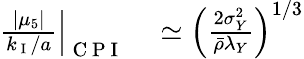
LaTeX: \begin{array}{rl}{\left.\frac{|\mu_{5}|}{k_{\mathrm{~I~}}/a}\right|_{\mathrm{~C~P~I~}}}&{{}\simeq\left(\frac{2\sigma_{Y}^{2}}{\bar{\rho}\lambda_{Y}}\right)^{1/3}}\end{array}